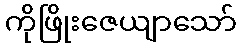
ကိုဖြိုးဇေယျာသော်